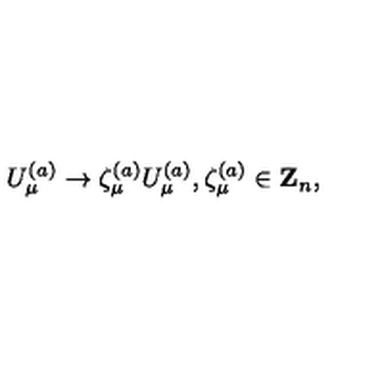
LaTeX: U _ { \mu } ^ { ( a ) } \rightarrow \zeta _ { \mu } ^ { ( a ) } U _ { \mu } ^ { ( a ) } , \zeta _ { \mu } ^ { ( a ) } \in { \bf Z } _ { n } ,